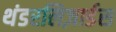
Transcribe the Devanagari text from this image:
थंडरलिज़ार्डस